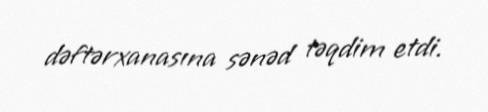
dəftərxanasına sənəd təqdim etdi.